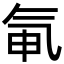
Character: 氠